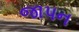
જાપન